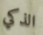
الذكي